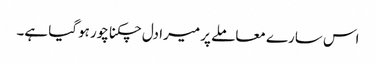
اس سارے معاملے پر میرا دل چکنا چور ہوگیا ہے۔